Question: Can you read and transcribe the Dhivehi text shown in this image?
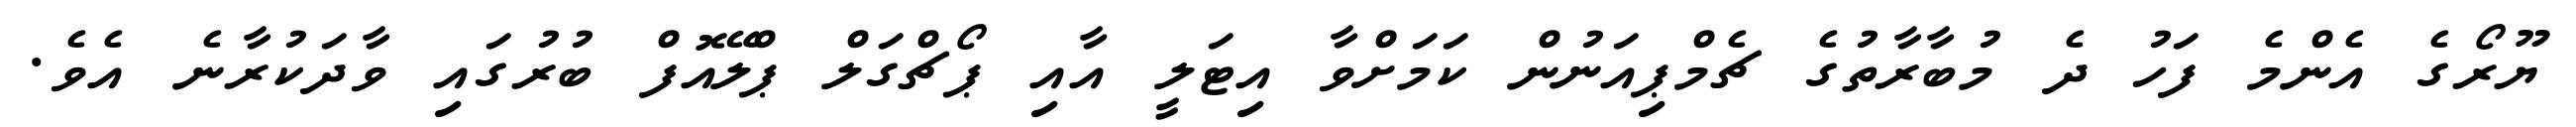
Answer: ޔޫރޯގެ އެންމެ ފަހު ދެ މުބާރާތުގެ ޗެމްޕިއަނުން ކަމަށްވާ އިޓަލީ އާއި ޕޯޗްގަލް ޕްލޭއޮފް ބުރުގައި ވާދަކުރާނެ އެވެ.